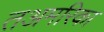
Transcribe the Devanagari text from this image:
तअमरिका